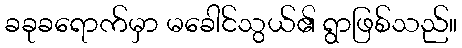
ခခုခရောက်မှာ မခေါင်သွယ်၏ ရွာဖြစ်သည်။